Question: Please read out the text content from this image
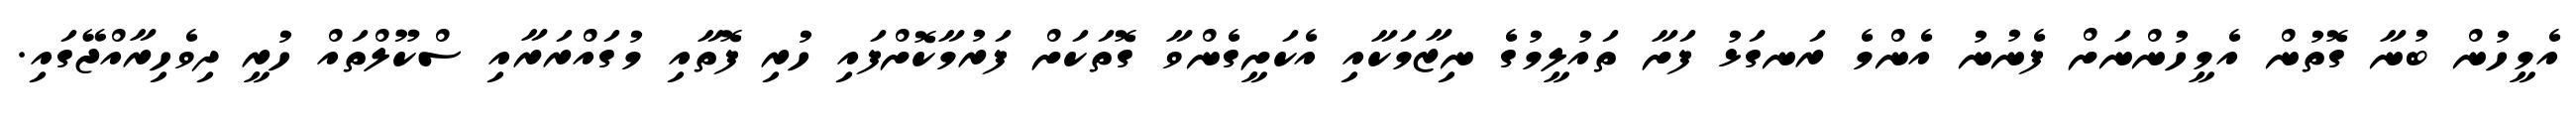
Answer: އެމީހުން ބުނާ ގޮތުން އެމީހުންނަށް ފެނުނު އެންމެ ރަނގަޅު ފަށާ ތައުލީމުގެ ނިޒާމަކާއި އެކަށީގެންވާ ގޮތަކަށް ފަރުމާކޮށްފައި ހުރި ފޮތާއި މުގައްރަރާއި ސްކޫލްތައް ހުރީ ދިވެހިރާއްޖޭގައި.